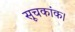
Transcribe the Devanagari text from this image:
सूचकांक।